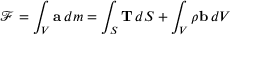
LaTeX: { \mathcal { F } } = \int _ { V } \mathbf { a } \, d m = \int _ { S } \mathbf { T } \, d S + \int _ { V } \rho \mathbf { b } \, d V